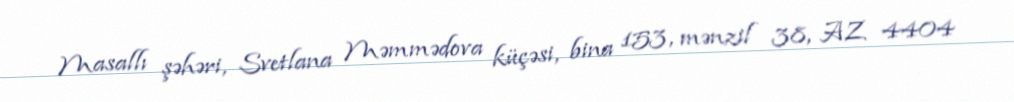
Masallı şəhəri, Svetlana Məmmədova küçəsi, bina 153, mənzil 38, AZ 4404